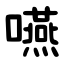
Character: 嚥